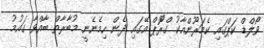
ވޯލްޑް ކަޕްގައި ކެމަރޫންއާކު ގްރޫޮޕް އޭގައި ދެން ހިމެނެނީ މުބާރާތް ބާއްވާ ގައުމު